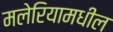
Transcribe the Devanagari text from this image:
मलेरियामधील